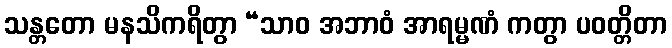
သန္တတော မနသိကရိတွာ “သာဝ အဘာဝံ အာရမ္မဏံ ကတွာ ပဝတ္တိတာ